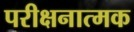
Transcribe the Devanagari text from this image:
परीक्षनात्मक